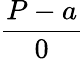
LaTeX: \frac{P-a}{0}